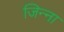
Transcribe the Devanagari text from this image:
जिन्‍ना